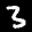
Label: 3